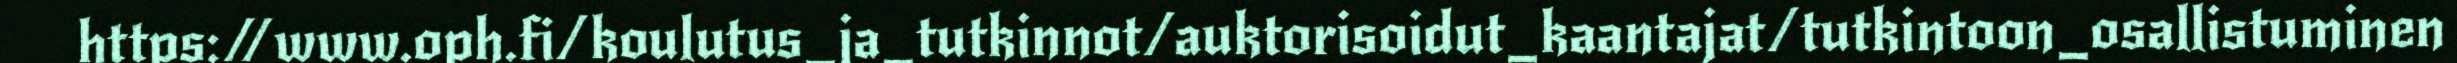
https://www.oph.fi/koulutus_ja_tutkinnot/auktorisoidut_kaantajat/tutkintoon_osallistuminen